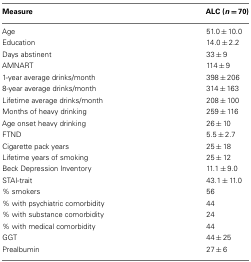
| Measure | ALC (n = 70) |
 | --- | --- |
 | Age | 51.0 ± 10.0 |
 | Education | 14.0 ± 2.2 |
 | Days abstinent | 33 ± 9 |
 | AMNART | 114 ± 9 |
 | 1-year average drinks/month | 398 ± 206 |
 | 8-year average drinks/month | 314 ± 163 |
 | Lifetime average drinks/month | 208 ± 100 |
 | Months of heavy drinking | 259 ± 116 |
 | Age onset heavy drinking | 26 ± 10 |
 | FTND | 5.5 ± 2.7 |
 | Cigarette pack years | 25 ± 18 |
 | Lifetime years of smoking | 25 ± 12 |
 | Beck Depression Inventory | 11.1 ± 9.0 |
 | STAI-trait | 43.1 ± 11.0 |
 | % smokers | 56 |
 | % with psychiatric comorbidity | 44 |
 | % with substance comorbidity | 24 |
 | % with medical comorbidity | 44 |
 | GGT | 44 ± 25 |
 | Prealbumin | 27 ± 6 |